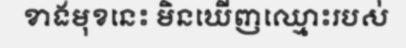
ខាងមុខនេះ មិនឃើញឈ្មោះរបស់